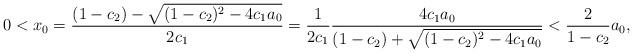
LaTeX: \begin{align*}0<x_0=\frac{(1-c_2)-\sqrt{(1-c_2)^2-4c_1a_0}}{2c_1}=\frac{1}{2c_1}\frac{4c_1 a_0}{(1-c_2)+\sqrt{(1-c_2)^2-4c_1 a_0}}<\frac{2}{1-c_2}a_0,\end{align*}